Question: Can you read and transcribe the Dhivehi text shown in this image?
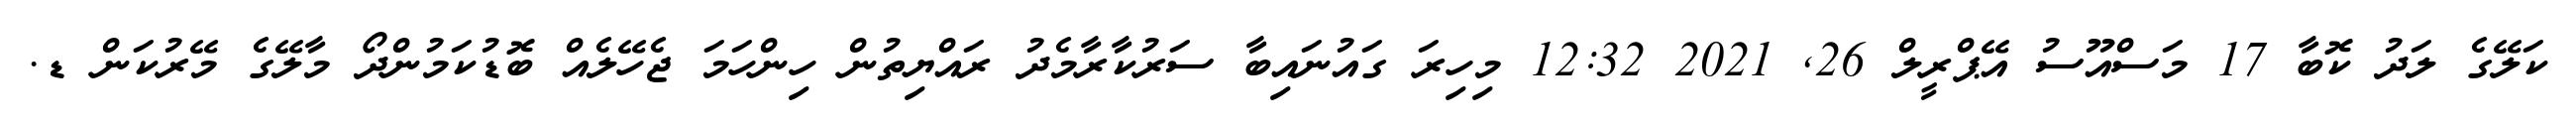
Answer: ކަލޭގެ ލަދު ކޮބާ 17 މަސްއޫސު އޭޕްރީލް 26, 2021 12:32 މިހިރަ ގައުނައިބާ ސަރުކާރާމެދު ރައްޔިތުން ހިންހަމަ ޖެހޭލެއް ބޮޑުކަމުންދޯ މާލޭގެ މޭރުކަން ޑ.